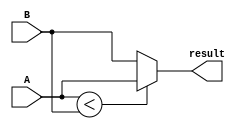

module slti (A, result, B);
		input [31:0] A, B;
		output [31:0] result;
		wire signed [31:0] A, B;	
		wire temp;
		
		assign temp = (A < B);	
		assign result = temp ? A : B;
endmodule